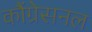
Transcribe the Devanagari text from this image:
कौंग्रेसनल